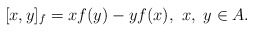
\begin{align*}[x,y]_{f} = xf(y) - yf(x),\ x,\ y\in A. \end{align*}